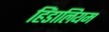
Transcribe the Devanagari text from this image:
हिंडालियम